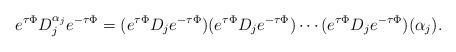
LaTeX: \begin{align*}e^{\tau\Phi}D_j^{\alpha_j}e^{-\tau\Phi}&= (e^{\tau\Phi}D_je^{-\tau\Phi})(e^{\tau\Phi}D_je^{-\tau\Phi})\cdots (e^{\tau\Phi}D_j e^{-\tau\Phi}) (\alpha_j).\end{align*}